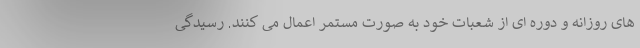
های روزانه و دوره ای از شعبات خود به صورت مستمر اعمال می کنند. رسیدگی